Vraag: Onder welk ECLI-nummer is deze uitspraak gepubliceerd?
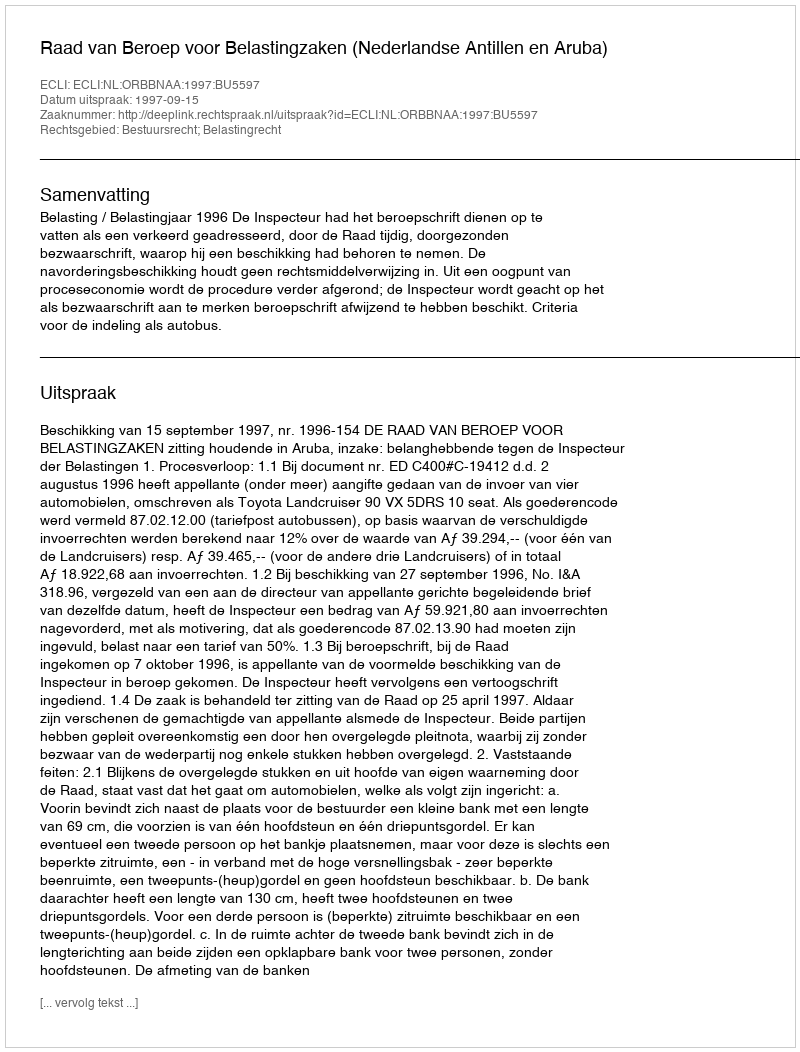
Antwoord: ECLI:NL:ORBBNAA:1997:BU5597